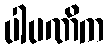
ပါပဏိက